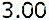
3.00